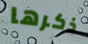
ذكرها